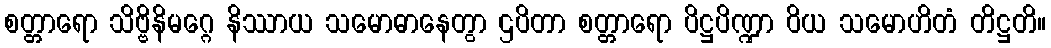
စတ္တာရော သိဗ္ဗိနိမဂ္ဂေ နိဿာယ သမောဓာနေတွာ ဌပိတာ စတ္တာရော ပိဋ္ဌပိဏ္ဍာ ဝိယ သမောဟိတံ တိဋ္ဌတိ။